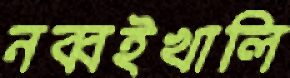
নব্বইখালি